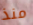
منذ